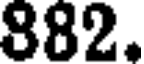
882.